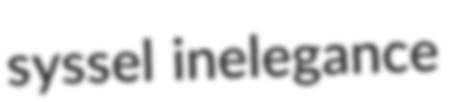
syssel inelegance